Annual report of the Madras Medical College
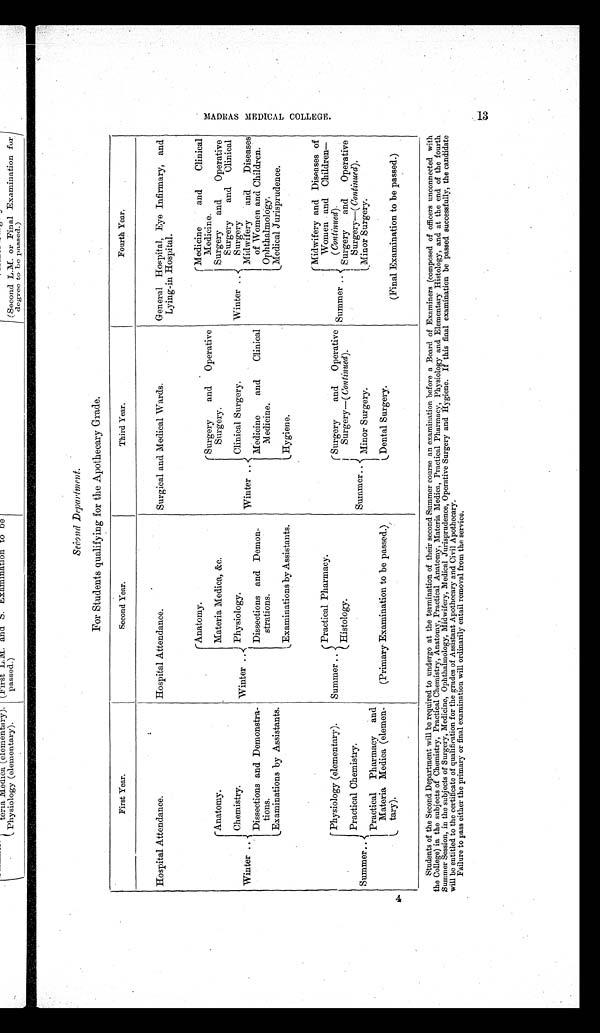
For Students qualifying for the Apothecary Grade.
First Year.
Second Year.
Third Year.
Fourth Year.
Hospital Attendance.
Hospital Attendance.
Surgical and Medical Wards.
General Hospital, Eye Infirmary, and
Lying-in Hospital.
Anatomy.
Medicine and Clinical
Medicine.
Surgery
and
Operative
S u r g e r y .
Anatomy.
Materia Medica, &c.
Surgery and Operative
Surgery
and
Clinical
Surgery
Chemistry.
Winter
Physiology.
Clinical Surgery.
Winter
. .
Winter ..
..
Winter ..
Midwifery
and
Diseases
of Women and Children.
Dissections and Demonstra-
tions.
Dissections and Demon-
strations.
Medicine
and
Clinical
Medicine.
Ophthalmology.
Examinations by Assistants.
Medical Jurisprudence.
Examinations by Assistants.
Hygiene.
Midwifery and Diseases of
Women and Children-
( Continued).
Practical Pharmacy.
Physiology (elementary).
Summer ..
Surgery
and
Operative
Surgery—( Continued ).
Summer . .
Surgery
and
Operative
Surgery—( Continued).
Histology.
Practical Chemistry.
Summer
Minor Surgery.
Minor Surgery.
Summers..
. .
Practical Pharmacy
and
Materia Medica (elemen-
t a r y ) .
(Primary Examination to be passed.)
Dental Surgery.
(Final Examination to be passed.)
Students of the Second Department will be required to undergo at the termination of their second Summer course an examination before a Board of Examiners (composed of officers unconnected with
the College) in the subjects of Chemistry, Practical Chemistry, Anatomy, Practical Anatomy, Materia Medica, Practical Pharmacy, Physiology and Elementary Histology, and at the end of the fourth
Summer Session, in the subjects of Surgery, Medicine, Ophthalmology, Midwifery, Medical Jurisprudence, Operative Surgery and Hygiene. If this final examination be passed successfully, the candidate
will be entitled to the certificate of qualification for the grades of Assistant Apothecary and Civil Apothecary.
Failure to pass either the primary or final examination will ordinarily entail removal from the service.
M A D R A S M E D I C A L C O L L E G E
13